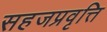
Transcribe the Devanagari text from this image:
सहजप्रवृत्ति